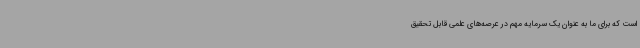
است که برای ما به عنوان یک سرمایه مهم در عرصه‌های علمی قابل تحقیق